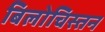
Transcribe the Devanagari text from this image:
बिलोचिस्तन